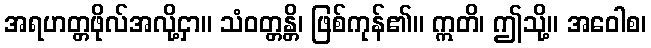
အရဟတ္တဖိုလ်အလို့ငှာ။ သံဝတ္တန္တိ၊ ဖြစ်ကုန်၏။ ဣတိ၊ ဤသို့။ အဝေါစ၊